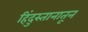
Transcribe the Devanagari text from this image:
हिंदुस्तानातून